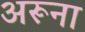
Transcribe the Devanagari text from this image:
अरूना